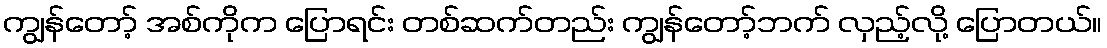
ကျွန်တော့် အစ်ကိုက ပြောရင်း တစ်ဆက်တည်း ကျွန်တော့်ဘက် လှည့်လို့ ပြောတယ်။